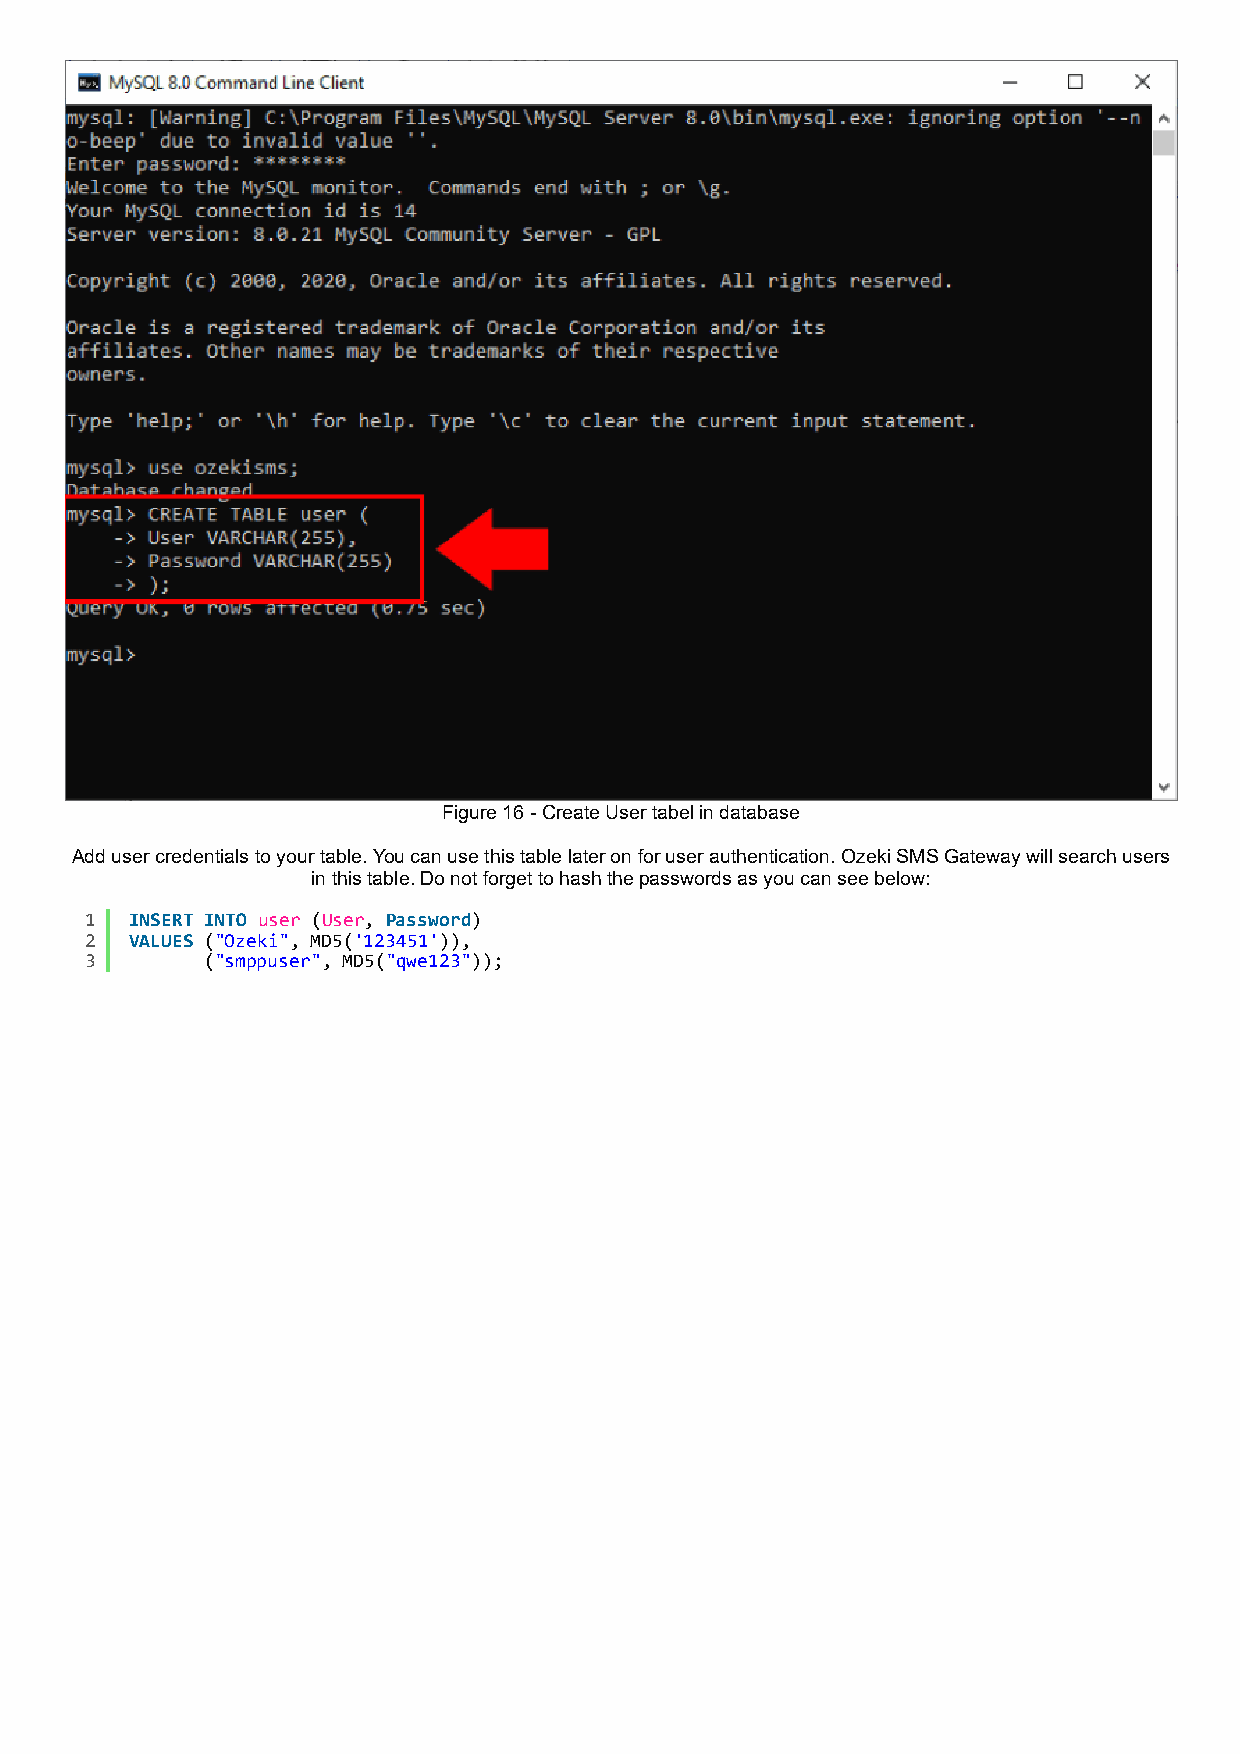
Figure 16 - Create User tabel in database
 Add user credentials to your table. You can use this table later on for user authentication. Ozeki SMS Gateway will search users
 in this table. Do not forget to hash the passwords as you can see below:
 1  INSERT INTO user (User, Password)
 2  VALUES ("Ozeki", MD5('123451')),
 3       ("smppuser", MD5("qwe123"));